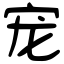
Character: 宠